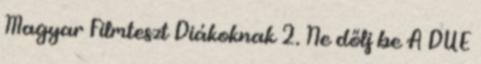
Magyar Filmteszt Diákoknak 2. Ne dőlj be A DUE